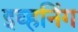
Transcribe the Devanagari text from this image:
इव्हनिंग